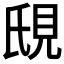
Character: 𬡼